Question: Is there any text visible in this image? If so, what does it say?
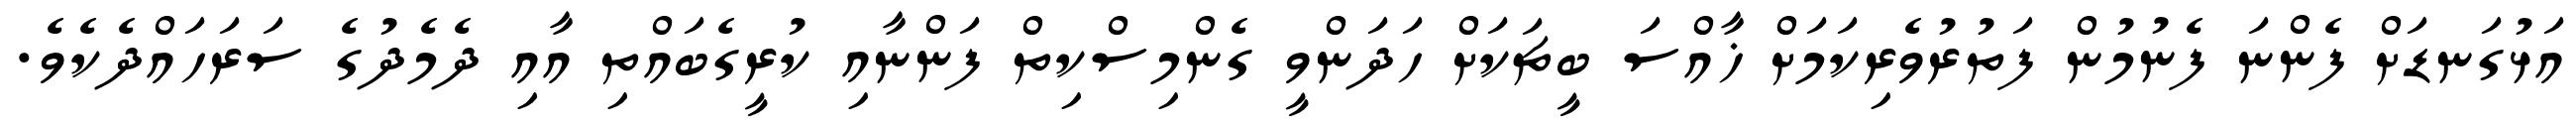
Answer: އަޅުގަނޑަށް ފެންނަ ފެނުމުން ފަތުރުވެރިކަމަށް ޚާއްސަ ބީޗަކަށް ހަދަންވީ ގެންމިސްކިތް ފަންނާއި ކުރީގެބައްތި އާއި ދެމެދުގެ ސަރަހައްދެކެވެ.